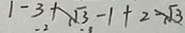
1 - 3 + \sqrt { 3 } - 1 + 2 - \sqrt { 3 }